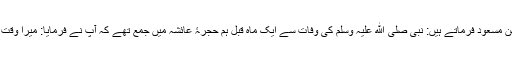
حضرت عبدﷲ بن مسعود فرماتے ہیں: نبی صلی ﷲ علیہ وسلم کی وفات سے ایک ماہ قبل ہم حجرۂ عائشہ میں جمع تھے کہ آپ نے فرمایا: میرا وقت قریب آ گیا ہے ۔